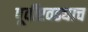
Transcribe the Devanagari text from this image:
पूर्वीएवढ्याच